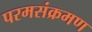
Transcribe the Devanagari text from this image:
परमसंक्रमण